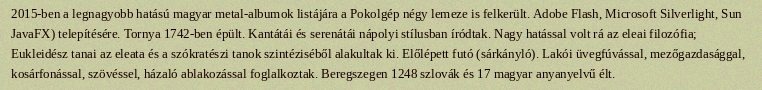
2015-ben a legnagyobb hatású magyar metal-albumok listájára a Pokolgép négy lemeze is felkerült. Adobe Flash, Microsoft Silverlight, Sun JavaFX) telepítésére. Tornya 1742-ben épült. Kantátái és serenátái nápolyi stílusban íródtak. Nagy hatással volt rá az eleai filozófia; Eukleidész tanai az eleata és a szókratészi tanok szintéziséből alakultak ki. Előlépett futó (sárkányló). Lakói üvegfúvással, mezőgazdasággal, kosárfonással, szövéssel, házaló ablakozással foglalkoztak. Beregszegen 1248 szlovák és 17 magyar anyanyelvű élt.